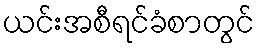
ယင်းအစီရင်ခံစာတွင်